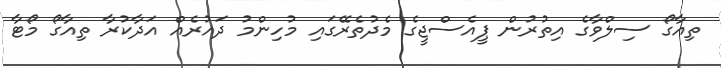
ތިއާގޯ ސިލްވާގެ އިތުރުން ޕީއެސްޖީގެ މެދުތެރޭގައި މުހިންމު ދައުރެއް އަދާކުރާ ތިއާގޯ މޯޓާ